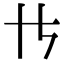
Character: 𪜀